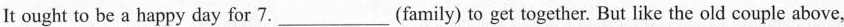
It ought to be a happy day for 7.___(family) to get together. But like the old couple above,